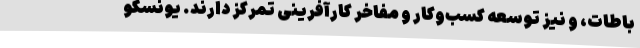
باطات، و نیز توسعه کسب‌وکار و مفاخر کارآفرینی تمرکز دارند. یونسکو